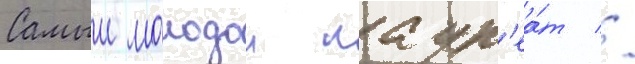
Самыи молодои лаур'еа́т //